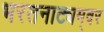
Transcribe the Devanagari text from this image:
भरतनाट्यम्‌वर